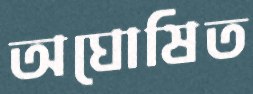
অঘোষিত